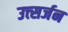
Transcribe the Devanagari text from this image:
उत्त्सर्जन